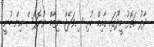
ދާލު އަތޮޅު މީދޫގައި ގާއިމް ކުރި ސިވަރޭޖް ނިޒާމް ޔުނޮޕްސް އިން ބުނީ